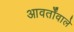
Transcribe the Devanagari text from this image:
आवर्तोंवाले